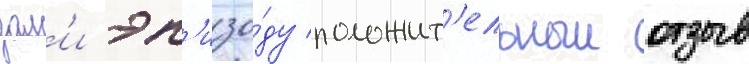
дал'и эп'изо́ду положит'ельныи отзыв